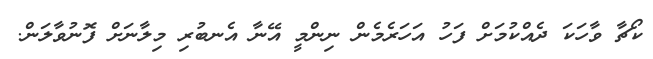
ކޯޗާ ވާހަކަ ދެއްކުމަށް ފަހު އަހަރެމެން ނިންމީ އޭނާ އެނބުރި މިލާނަށް ފޮނުވާލަން.